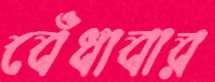
বেঁধাবার